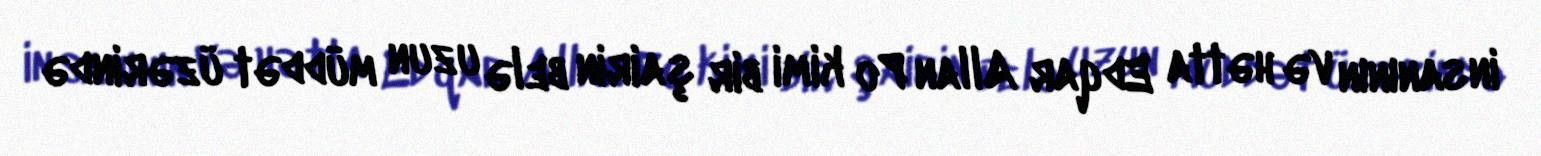
insanının və hətta Edqar Allan Po kimi bir şairin belə uzun müddət üzərində